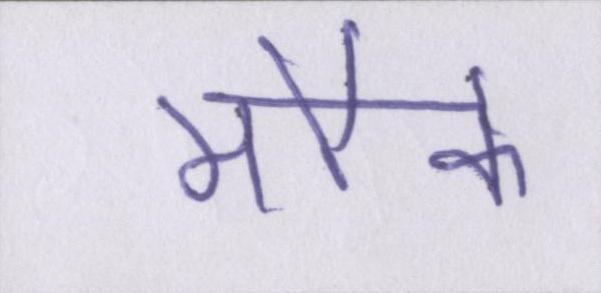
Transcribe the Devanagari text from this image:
मौके